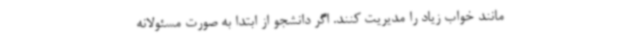
مانند خواب زیاد را مدیریت کنند. اگر دانشجو از ابتدا به صورت مسئولانه